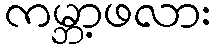
ကမ္ဘာ့ဖလား